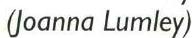
(Joanna Lumley)